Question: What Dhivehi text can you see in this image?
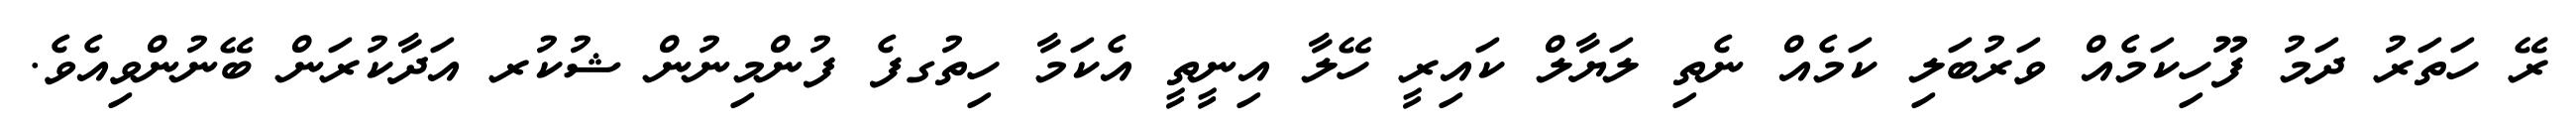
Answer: ރޭ ހަތަރު ދަމު ފޫހިކަމެއް ވަރުބަލި ކަމެއް ނެތި ލަޔާލް ކައިރީ ހޭލާ އިނީތީ އެކަމާ ހިތުގފެ ފުންމިނުން ޝުކުރ އަދާކުރަން ބޭނުންވިއެވެ.